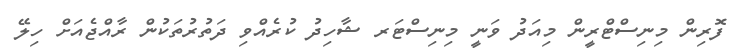
ފޮރިން މިނިސްޓްރީން މިއަދު ވަނީ މިނިސްޓަރ ޝާހިދު ކުރެއްވި ދަތުރުތަކުން ރާއްޖެއަށް ހިލޭ